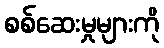
စစ်ဆေးမှုများကို